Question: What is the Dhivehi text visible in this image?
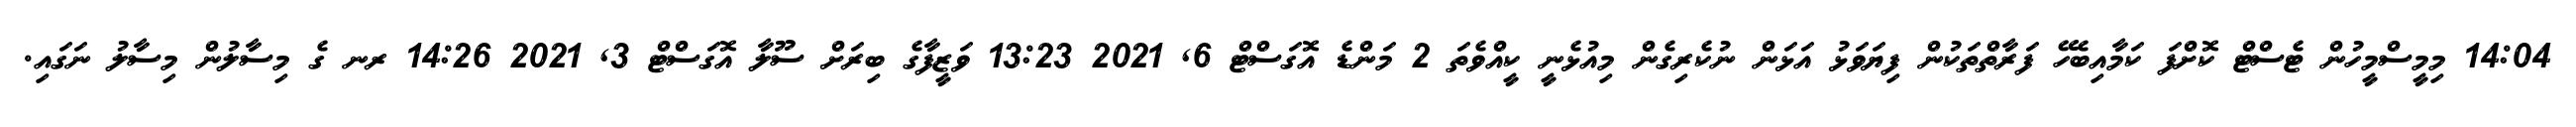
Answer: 14:04 މިމީސްމީހުން ޓެސްޓް ކޮށްފަ ކަމާއިބެހޭ ފަރާތްތަކުން ފިޔަވަޅު އަޅަން ނުކެރިގެން މިއުޅެނީ ކީއްވެތަ 2 މަންޑެ އޮގަސްޓް 6, 2021 13:23 ވަޒީފާގެ ބިރަށް ސޫލާ އޮގަސްޓް 3, 2021 14:26 ރނ ގެ މިސާލުން މިސާލު ނަގައި.